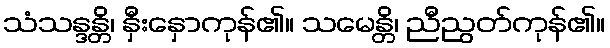
သံသန္ဒန္တိ၊ နှီးနှောကုန်၏။ သမေန္တိ၊ ညီညွတ်ကုန်၏။